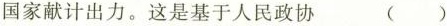
国家献计出力。这是基于人民政协 ( )